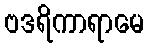
ဗဒရိကာရာမေ